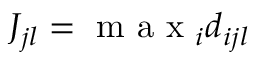
J _ { j l } = \textup { m a x } _ { i } d _ { i j l }